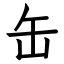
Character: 缶